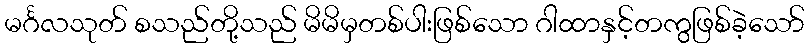
မင်္ဂလသုတ် စသည်တို့သည် မိမိမှတစ်ပါးဖြစ်သော ဂါထာနှင့်တကွဖြစ်ခဲ့သော်